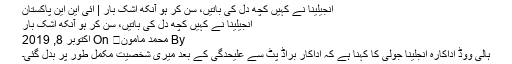
انجیلینا نے کہیں کچھ دل کی باتیں، سن کر ہو آنکھ اشک بار | آئی این این پاکستان
انجیلینا نے کہیں کچھ دل کی باتیں، سن کر ہو آنکھ اشک بار
By محمد مامون	 On اکتوبر 8, 2019
ہالی ووڈ اداکارہ انجلینا جولی کا کہنا ہے کہ اداکار براڈ پٹ سے علیحدگی کے بعد میری شخصیت مکمل طور پر بدل گئی۔